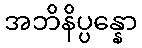
အဘိနိပ္ပန္နော